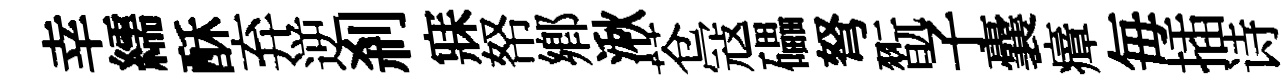
幸繻酥弃逆剎寐帑鄕湫苍冦礧弩翫子囊瘴毎插诗